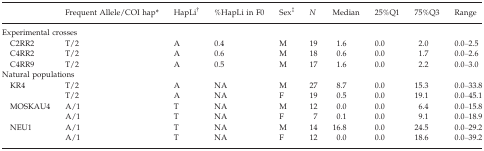
<table><thead><tr><td></td><td><b>Frequent Allele/COI hap*</b></td><td><b>HapLi†</b></td><td><b>%HapLi in F0</b></td><td><b>Sex‡</b></td><td><b><i>N</i></b></td><td><b>Median</b></td><td><b>25%Q1</b></td><td><b>75%Q3</b></td><td><b>Range</b></td></tr></thead><tbody><tr><td colspan="10">Experimental crosses</td></tr><tr><td> C2RR2</td><td>T/2</td><td>A</td><td>0.4</td><td>M</td><td>19</td><td>1.6</td><td>0.0</td><td>2.0</td><td>0.0–2.5</td></tr><tr><td> C4RR2</td><td>T/2</td><td>A</td><td>0.6</td><td>M</td><td>18</td><td>0.6</td><td>0.0</td><td>1.7</td><td>0.0–2.6</td></tr><tr><td> C4RR9</td><td>T/2</td><td>A</td><td>0.5</td><td>M</td><td>17</td><td>1.6</td><td>0.0</td><td>2.2</td><td>0.0–3.0</td></tr><tr><td colspan="10">Natural populations</td></tr><tr><td> KR4</td><td>T/2</td><td>A</td><td>NA</td><td>M</td><td>27</td><td>8.7</td><td>0.0</td><td>15.3</td><td>0.0–33.8</td></tr><tr><td></td><td>T/2</td><td>A</td><td>NA</td><td>F</td><td>19</td><td>0.5</td><td>0.0</td><td>19.1</td><td>0.0–45.1</td></tr><tr><td> MOSKAU4</td><td>A/1</td><td>T</td><td>NA</td><td>M</td><td>12</td><td>0.0</td><td>0.0</td><td>6.4</td><td>0.0–15.8</td></tr><tr><td></td><td>A/1</td><td>T</td><td>NA</td><td>F</td><td>7</td><td>0.1</td><td>0.0</td><td>9.1</td><td>0.0–18.9</td></tr><tr><td> NEU1</td><td>A/1</td><td>T</td><td>NA</td><td>M</td><td>14</td><td>16.8</td><td>0.0</td><td>24.5</td><td>0.0–29.2</td></tr><tr><td></td><td>A/1</td><td>T</td><td>NA</td><td>F</td><td>12</td><td>0.0</td><td>0.0</td><td>18.6</td><td>0.0–39.2</td></tr></tbody></table>